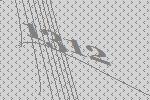
1312